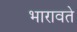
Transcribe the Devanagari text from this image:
भारावते